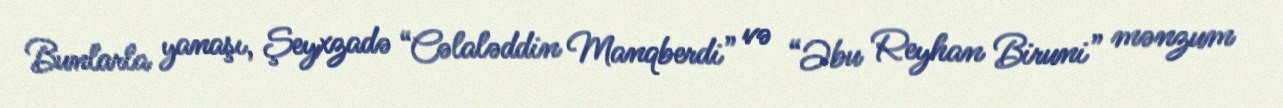
Bunlarla yanaşı, Şeyxzadə “Cəlaləddin Manqberdi” və “Əbu Reyhan Biruni” mənzum